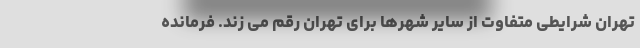
تهران شرایطی متفاوت از سایر شهرها برای تهران رقم می زند. فرمانده